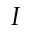
I